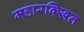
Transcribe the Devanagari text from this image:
महारक्खित